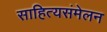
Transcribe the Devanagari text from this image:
साहित्यसंमेलन